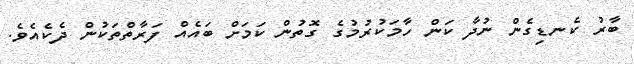
ބާރު ކެނޑިގެން ނުދާ ކަން ހާމަކުރުމުގެ ގޮތުން ކަމަށް ބައެއް ފަރާތްތަކުން ދެކެއެވެ.